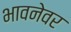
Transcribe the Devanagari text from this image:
भावनेवर